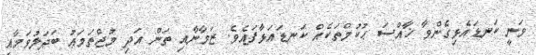
ވަނީ ކަނޑައެޅިގެންވާ ޚާއްސަ ޙުކުމްތަކެއް ކަނޑައަޅާފައެވެ. ޒަމާނާއި ތަން އަދި މުޖްތަމަޢު ބަދަލުވަމާއި